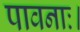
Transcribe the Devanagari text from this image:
पावनाः।